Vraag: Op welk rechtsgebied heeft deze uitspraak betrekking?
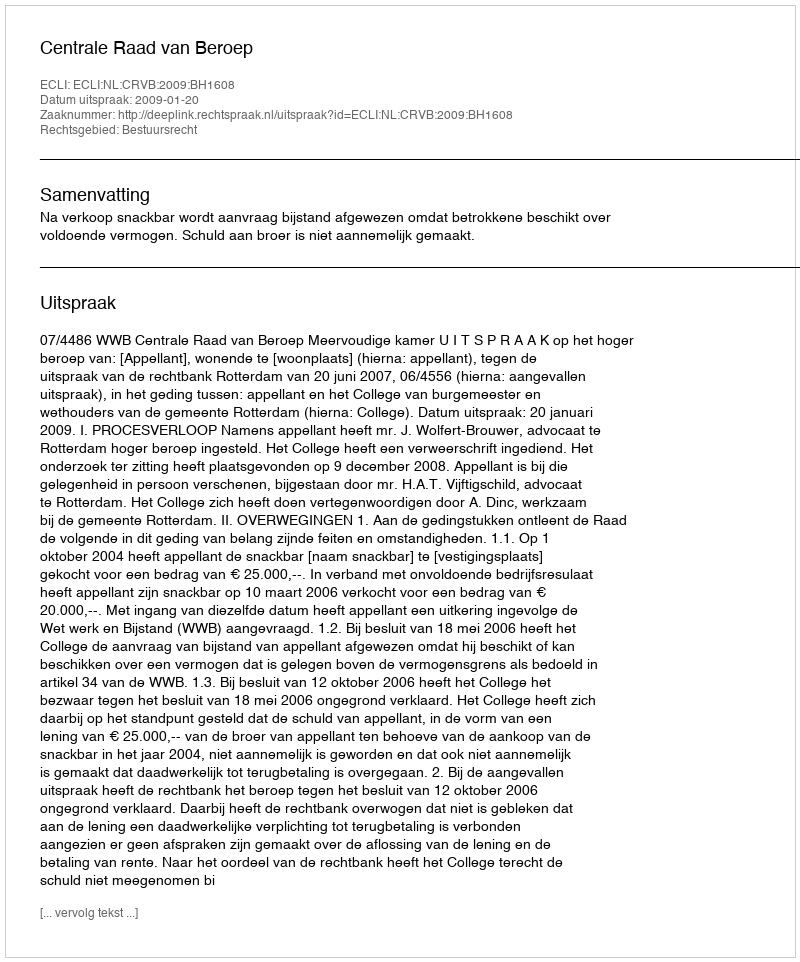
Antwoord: Bestuursrecht